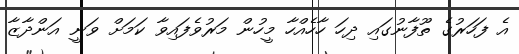
އެ ފަހަރުގެ ތޫފާނުގައި ދިހަ ހާހެއްހާ މީހުން މަރުވެފައިވާ ކަމަށް ވަނީ އަންދާޒާ